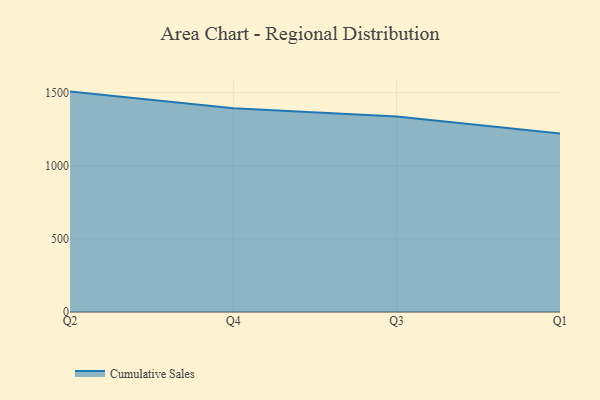
{"axis": {"x": "Quarter", "y": "Shipments"}, "legend": ["Cumulative Sales"], "data": [{"x": "Q2", "y": 1507.2, "type": "Cumulative Sales"}, {"x": "Q4", "y": 1392.6, "type": "Cumulative Sales"}, {"x": "Q3", "y": 1337.1, "type": "Cumulative Sales"}, {"x": "Q1", "y": 1219.8, "type": "Cumulative Sales"}]}